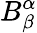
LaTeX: B_{\beta}^{\alpha}